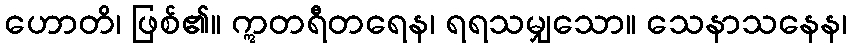
ဟောတိ၊ ဖြစ်၏။ ဣတရီတရေန၊ ရရသမျှသော။ သေနာသနေန၊